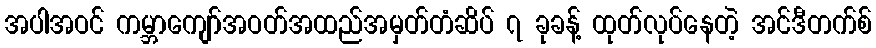
အပါအဝင် ကမ္ဘာကျော်အဝတ်အထည်အမှတ်တံဆိပ် ၇ ခုခန့် ထုတ်လုပ်နေတဲ့ အင်ဒီတက်စ်